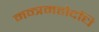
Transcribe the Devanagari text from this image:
मन्त्रमहोदधि